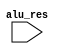
module alufoward (
    input wire [31:0] alu_res
    
    );
/*====================Variable Declaration====================*/

/*====================Function Code====================*/
endmodule